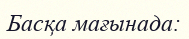
Басқа мағынада: